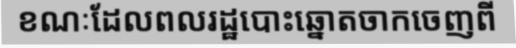
ខណៈដែលពលរដ្ឋបោះឆ្នោតចាកចេញពី